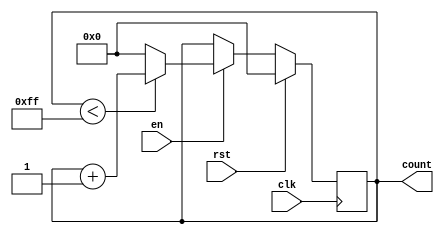
module incremental_counter (
    input wire clk,      // Clock signal
    input wire rst,      // Synchronous reset signal
    input wire en,       // Enable signal
    output reg [7:0] count // 8-bit counter output
);

// Parameter for maximum count value
parameter MAX_COUNT = 255; // Adjust as necessary for your application

// Synchronous reset and counting logic
always @(posedge clk) begin
    if (rst) begin
        count <= 8'b0; // Reset count to 0
    end else if (en) begin
        if (count < MAX_COUNT) begin
            count <= count + 1; // Increment count
        end else begin
            count <= 8'b0; // Wrap around on overflow
        end
    end
end

endmodule